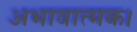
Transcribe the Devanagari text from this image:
अभावात्मक।